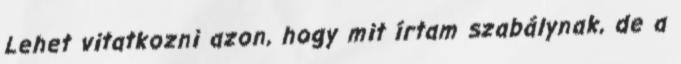
Lehet vitatkozni azon, hogy mit írtam szabálynak, de a